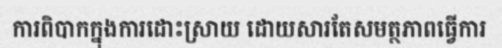
ការពិបាកក្នុងការដោះស្រាយ ដោយសារតែសមត្ថភាពធ្វើការ